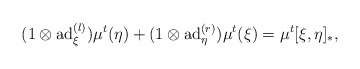
\begin{align*}(1\otimes \mathrm{ad}_{\xi}^{(l)})\mu^{t}(\eta)+ (1\otimes \mathrm{ad}_{\eta}^{(r)})\mu^{t}(\xi)=\mu^{t}[\xi,\eta]_{\ast},\end{align*}